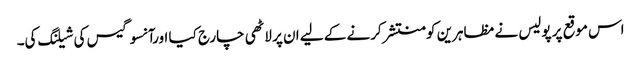
اس موقع پر پولیس نے مظاہرین کو منتشر کرنے کے لیے ان پر لاٹھی چارج کیا اورآنسو گیس کی شیلنگ کی۔